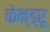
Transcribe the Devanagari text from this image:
केन्ड्रू